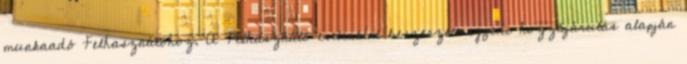
munkaadó Felhasználóhoz. A Felhasználó esetenként beszerzett egyedi hozzájárulás alapján